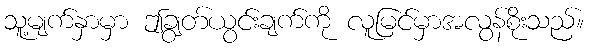
သူ့မျက်နှာမှာ ဤချွတ်ယွင်းချက်ကို လူမြင်မှာအလွန်စိုးသည်။